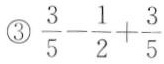
③$$\frac { 3 } { 5 } - \frac { 1 } { 2 } + \frac { 3 } { 5 }$$